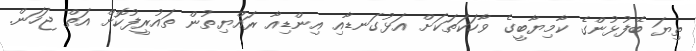
ތިޔަ ބޭފުޅުންގެ ކާމިޔާބީގެ ވާހަކަތަކަށް އަޅުގަނޑާއި އިންޑިއާ ރައްޔިތުން ތައުރީފުކޮށް އަތް ޖަހަން.